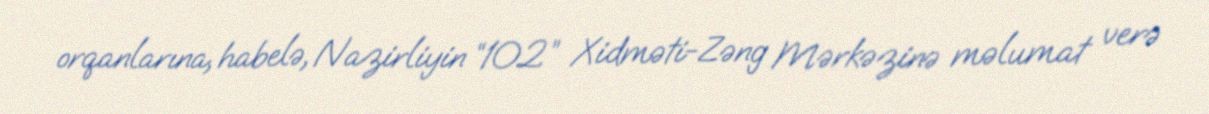
orqanlarına, habelə, Nazirliyin “102” Xidməti-Zəng Mərkəzinə məlumat verə